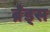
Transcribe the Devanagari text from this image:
ब्रँड्स